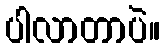
ပါလာတာပဲ။